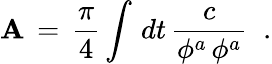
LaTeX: {\cal\mathbf{A}}\, =\, \frac{{\pi}}{{4}}\int\, dt\, {\frac{{c}}{{\phi^{a}\, \phi^{a}}}}\; \; .